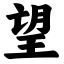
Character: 望